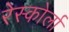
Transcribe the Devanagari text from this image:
रेस्कोर्ला